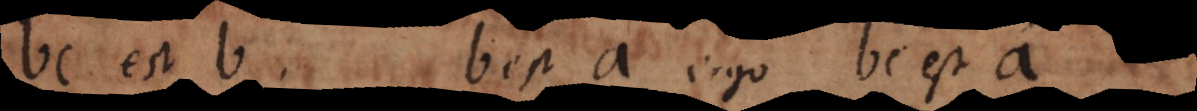
bc est b, b est a, ergo bc est a